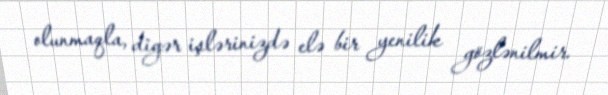
olunmaqla, digər işlərinizdə elə bir yenilik gözlənilmir.